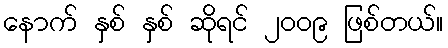
နောက် နှစ် နှစ် ဆိုရင် ၂၀၀၉ ဖြစ်တယ်။